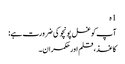
1 ہ
آپ کو غسل پونچو کی ضرورت ہے:
کاغذ ، قلم اور حکمران۔